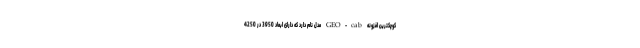
کوچکترین افزونه GEO-cab مدل نام دارد که دارای ابعاد 3950 در 4250